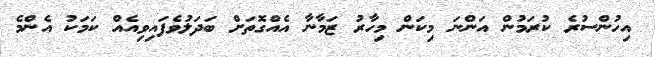
އިހުންސުރެ ކުރަމުން އަންނަ މިކަން މިހާރު ޒަމާނާ އެއްގޮތަށް ބަދަލުވެފައިވިއެއް ކަމަކު އެންމެ